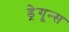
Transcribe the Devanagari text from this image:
ड्रेगून्स